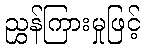
ညွှန်ကြားမှုဖြင့်